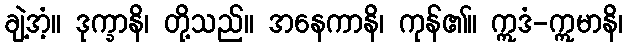
ချဲ့အံ့။ ဒုက္ခာနိ၊ တို့သည်။ အနေကာနိ၊ ကုန်၏။ ဣဒံ-ဣမာနိ၊